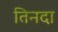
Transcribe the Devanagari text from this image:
तिनदा